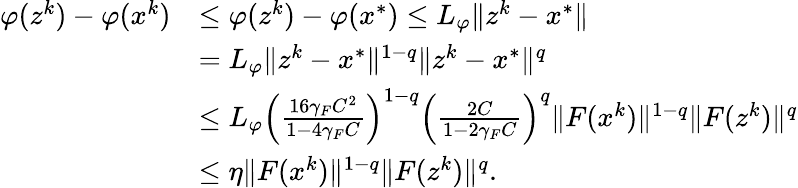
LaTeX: \begin{array}{rl}{\varphi(z^{k})-\varphi(x^{k})}&{\leq\varphi(z^{k})-\varphi(x^{*})\leq L_{\varphi}\| z^{k}-x^{*}\| }\\ &{=L_{\varphi}\| z^{k}-x^{*}\| ^{1-q}\| z^{k}-x^{*}\| ^{q}}\\ &{\leq L_{\varphi}\left(\frac{16\gamma_{F}C^{2}}{1-4\gamma_{F}C}\right)^{1-q}\left(\frac{2C}{1-2\gamma_{F}C}\right)^{q}\| F(x^{k})\| ^{1-q}\| F(z^{k})\| ^{q}}\\ &{\leq\eta\| F(x^{k})\| ^{1-q}\| F(z^{k})\| ^{q}.}\end{array}